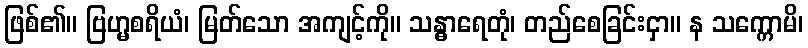
ဖြစ်၏။ ဗြဟ္မစရိယံ၊ မြတ်သော အကျင့်ကို။ သန္ဓာရေတုံ၊ တည်စေခြင်းငှာ။ န သက္ကောမိ၊